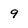
Character: 9